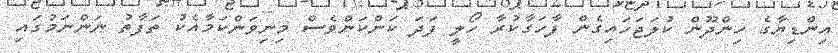
އިންޑިޔާގެ ހިންދޫން ކުލަޖަހައިގެން ފާހަގާކުރާ ހޯލީ ފަދަ ކަންކަންވެސް މިނިވަންކަމާއެކު ތަފާތު ނަންނަމުގައި